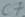
Text: C7